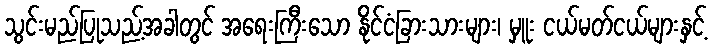
သွင်းမည်ပြုသည့်အခါတွင် အရေးကြီးသော နိုင်ငံခြားသားများ၊ မှူး ငယ်မတ်ငယ်များနှင့်